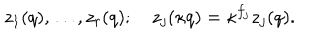
z _ { 1 } ( q ) , \ldots , z _ { r } ( q ) ; \quad z _ { j } ( \kappa q ) = \kappa ^ { f _ { j } } z _ { j } ( q ) .